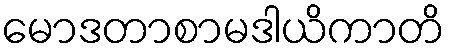
မောဒတာစာမဒါယိကာတိ